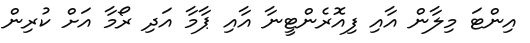
އިންޓަ މިލާން އާއި ފިއޮރެންޓީނާ އާއި ޕާމާ އަދި ރޯމާ އަށް ކުރިން